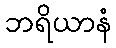
ဘရိယာနံ